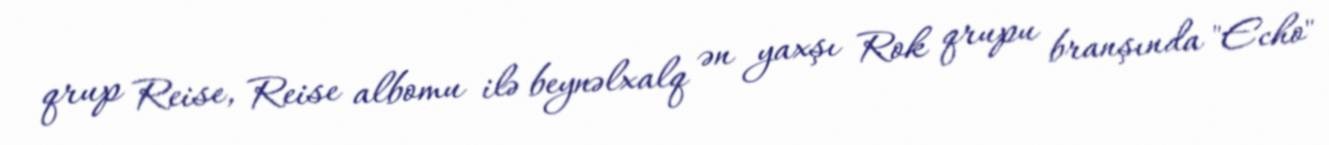
qrup Reise, Reise albomu ilə beynəlxalq ən yaxşı Rok qrupu branşında "Echo"